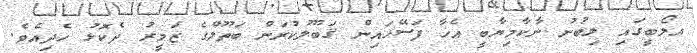
އލޯބީގައި ލިބުނު ނާކާމިޔާބީ އެހާ ފަސޭހައިން ޤަބޫލުކުރަން ބަތޫލްގެ ޒަމީރު ދެކޮޅު ހެދިއެވެ.